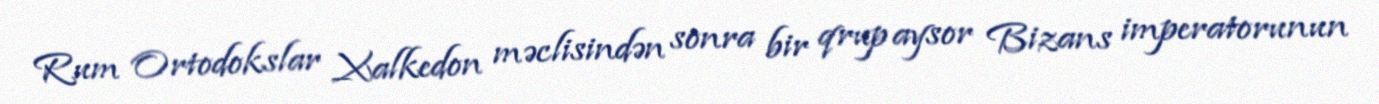
Rum Ortodokslar Xalkedon məclisindən sonra bir qrup aysor Bizans imperatorunun